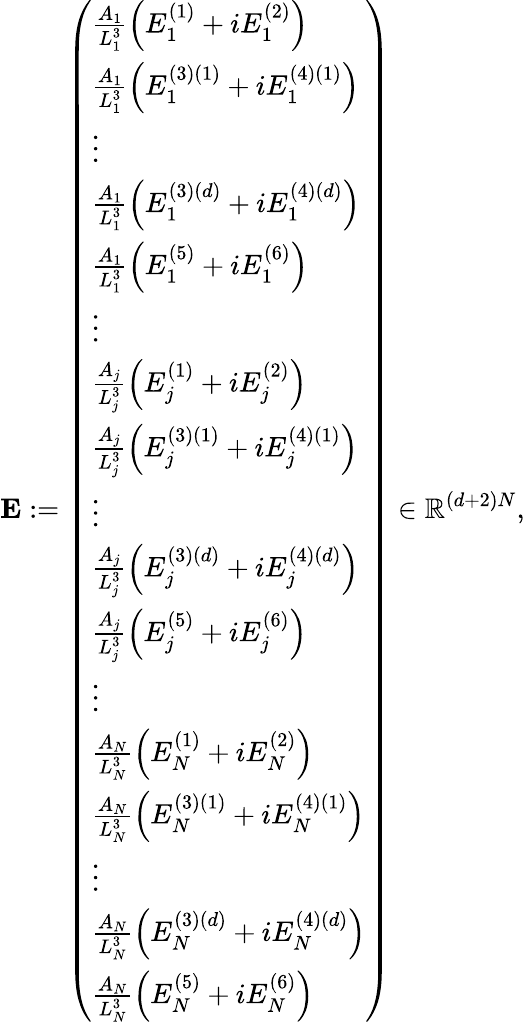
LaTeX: \mathbf{E}:=\left(\begin{array}{l}{\frac{A_{1}}{L_{1}^{3}}\left(E_{1}^{(1)}+iE_{1}^{(2)}\right)}\\ {\frac{A_{1}}{L_{1}^{3}}\left(E_{1}^{(3)(1)}+iE_{1}^{(4)(1)}\right)}\\ {\vdots}\\ {\frac{A_{1}}{L_{1}^{3}}\left(E_{1}^{(3)(d)}+iE_{1}^{(4)(d)}\right)}\\ {\frac{A_{1}}{L_{1}^{3}}\left(E_{1}^{(5)}+iE_{1}^{(6)}\right)}\\ {\vdots}\\ {\frac{A_{j}}{L_{j}^{3}}\left(E_{j}^{(1)}+iE_{j}^{(2)}\right)}\\ {\frac{A_{j}}{L_{j}^{3}}\left(E_{j}^{(3)(1)}+iE_{j}^{(4)(1)}\right)}\\ {\vdots}\\ {\frac{A_{j}}{L_{j}^{3}}\left(E_{j}^{(3)(d)}+iE_{j}^{(4)(d)}\right)}\\ {\frac{A_{j}}{L_{j}^{3}}\left(E_{j}^{(5)}+iE_{j}^{(6)}\right)}\\ {\vdots}\\ {\frac{A_{N}}{L_{N}^{3}}\left(E_{N}^{(1)}+iE_{N}^{(2)}\right)}\\ {\frac{A_{N}}{L_{N}^{3}}\left(E_{N}^{(3)(1)}+iE_{N}^{(4)(1)}\right)}\\ {\vdots}\\ {\frac{A_{N}}{L_{N}^{3}}\left(E_{N}^{(3)(d)}+iE_{N}^{(4)(d)}\right)}\\ {\frac{A_{N}}{L_{N}^{3}}\left(E_{N}^{(5)}+iE_{N}^{(6)}\right)}\end{array}\right)\in\mathbb{R}^{(d+2)N},